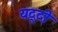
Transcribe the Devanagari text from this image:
यदूदी